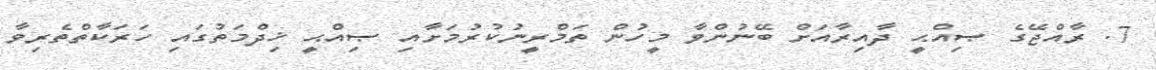
7. ރާއްޖޭގެ ޞިއްޙީ ދާއިރާއަށް ބޭނުންވާ މީހުން ތަމްރީނުކުރުމަށާއި ޞިއްޙީ ޚިދްމަތުގައި ހަރަކާތްތެރިވާ